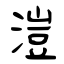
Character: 溰